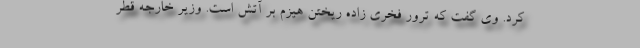
کرد. وی گفت که ترور فخری زاده ریختن هیزم بر آتش است. وزیر خارجه قطر